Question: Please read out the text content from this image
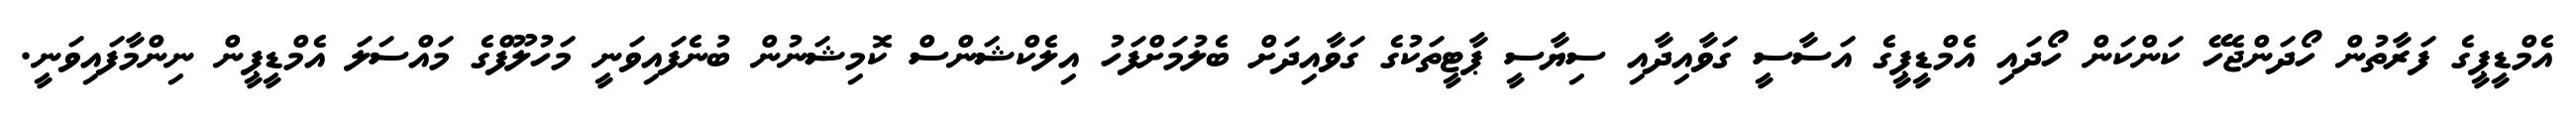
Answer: އެމްޑީޕީގެ ފަރާތުން ހޯދަންޖެހޭ ކަންކަން ހޯދައި އެމްޑީޕީގެ އަސާސީ ގަވާއިދާއި ސިޔާސީ ޕާޓީތަކުގެ ގަވާއިދަށް ބެލުމަށްފަހު އިލެކްޝަންސް ކޮމިޝަނުން ބުނެފައިވަނީ މަހުލޫފްގެ މައްސަލަ އެމްޑީޕީން ނިންމާފައިވަނީ.